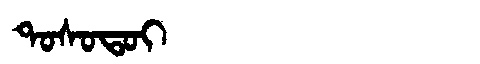
Manchu: ᡨᠣᠰᠣᡨᠣᡳ
Romanization: TOSOTOI